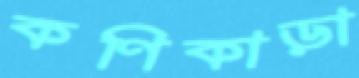
কণিকাড়া